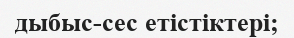
дыбыс-сес етістіктері;